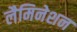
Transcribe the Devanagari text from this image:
लैमिनेशन